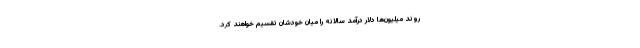
روند میلیون‌ها دلار درآمد سالانه را میان خودشان تقسیم خواهند کرد.